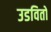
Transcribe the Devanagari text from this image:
उडवितो